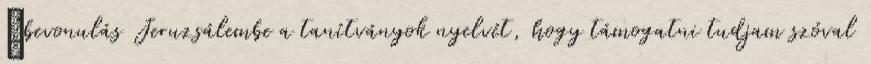
→bevonulás Jeruzsálembe a tanítványok nyelvét, hogy támogatni tudjam szóval